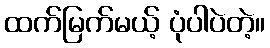
ထက်မြက်မယ့် ပုံပါပဲတဲ့။